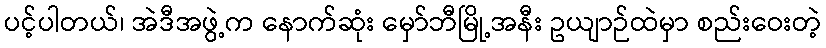
ပင့်ပါတယ်၊ အဲဒီအဖွဲ့က နောက်ဆုံး မှော်ဘီမြို့အနီး ဥယျာဉ်ထဲမှာ စည်းဝေးတဲ့